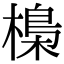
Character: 𣘖